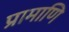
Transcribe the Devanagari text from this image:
प्रामाणि